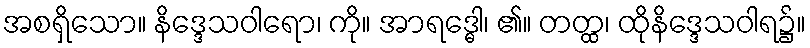
အစရှိသော။ နိဒ္ဒေသဝါရော၊ ကို။ အာရဒ္ဓေါ၊ ၏။ တတ္ထ၊ ထိုနိဒ္ဒေသဝါရ၌။